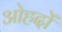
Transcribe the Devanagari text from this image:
अोहदों